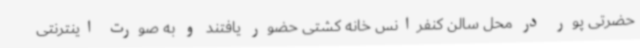
حضرتی پور در محل سالن کنفرانس خانه کشتی حضور یافتند و به صورت اینترنتی